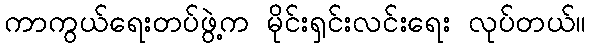
ကာကွယ်ရေးတပ်ဖွဲ့က မိုင်းရှင်းလင်းရေး လုပ်တယ်။